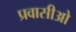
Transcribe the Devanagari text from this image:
प्रवासीओ